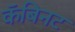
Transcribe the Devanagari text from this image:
कॅबिनट